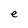
Character: e